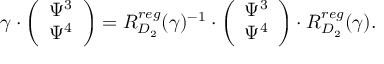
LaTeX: \gamma \cdot \left( \begin{array} { c c } { { \Psi ^ { 3 } } } \\ { { \Psi ^ { 4 } } } \end{array} \right) = R _ { D _ { 2 } } ^ { r e g } ( \gamma ) ^ { - 1 } \cdot \left( \begin{array} { c c } { { \Psi ^ { 3 } } } \\ { { \Psi ^ { 4 } } } \end{array} \right) \cdot R _ { D _ { 2 } } ^ { r e g } ( \gamma ) .